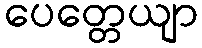
ပေတ္တေယျာ